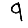
Digit: 9